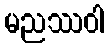
မညဿဝါ